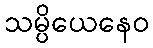
သမ္ပိယေနေဝ